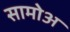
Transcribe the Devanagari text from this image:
सामोअ